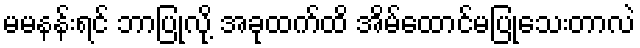
မမနန်းရင် ဘာပြုလို့ အခုထက်ထိ အိမ်ထောင်မပြုသေးတာလဲ